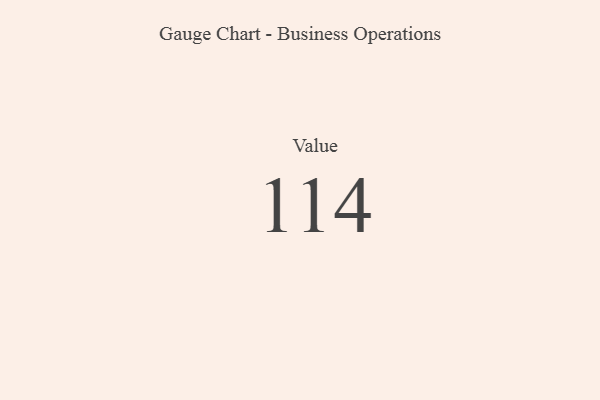
{"axis": {"x": "Metric", "y": "Value"}, "legend": [""], "data": [{"x": "Value", "y": 114, "type": ""}]}